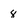
Character: 8